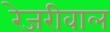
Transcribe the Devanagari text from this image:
रेजरीवाल